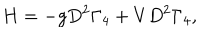
H = - g D ^ { 2 } \Gamma _ { 4 } + V D ^ { 2 } \Gamma _ { 4 } ,